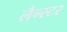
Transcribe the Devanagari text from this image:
लैन्स्टर